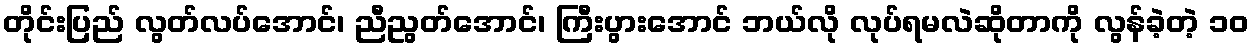
တိုင်းပြည် လွတ်လပ်အောင်၊ ညီညွတ်အောင်၊ ကြီးပွားအောင် ဘယ်လို လုပ်ရမလဲဆိုတာကို လွန်ခဲ့တဲ့ ၁၀